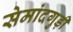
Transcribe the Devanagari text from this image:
सेमांदगुड़ी